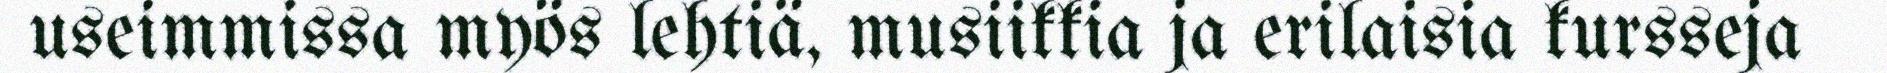
useimmissa myös lehtiä, musiikkia ja erilaisia kursseja